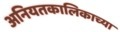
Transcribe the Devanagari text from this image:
अनियतकालिकाच्या